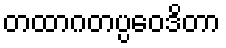
တထာဂတပ္ပဝေဒိတာ